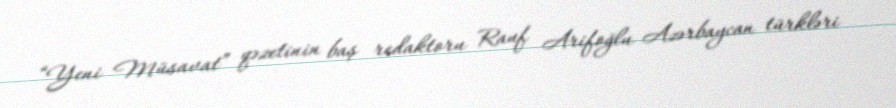
“Yeni Müsavat” qəzetinin baş redaktoru Rauf Arifoğlu Azərbaycan türkləri